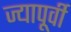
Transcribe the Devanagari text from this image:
ज्यापूर्वी